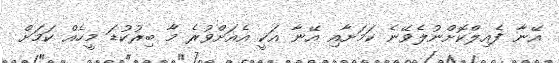
އޭނާ ފެއިލްކޮށްނުލެވޭނެ ކަމަށާއި އޭނާ އަކީ އެއަށްވުރެ މާ ބިރުކުޑަ މީހެއް ކަމަށް